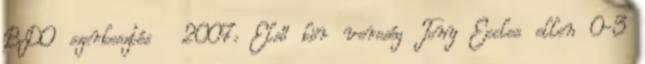
BDO szerkesztés 2007: Első kör vereség Tony Eccles ellen 0-3